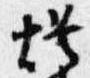
灯